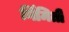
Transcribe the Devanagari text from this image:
र्निमिती